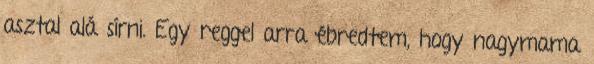
asztal alá sírni. Egy reggel arra ébredtem, hogy nagymama